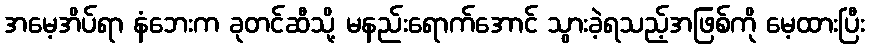
အမေ့အိပ်ရာ နံဘေးက ခုတင်ဆီသို့ မနည်းရောက်အောင် သွားခဲ့ရသည့်အဖြစ်ကို မေ့ထားပြီး